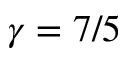
\gamma = 7 / 5